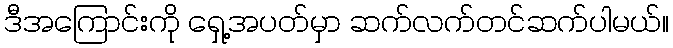
ဒီအကြောင်းကို ရှေ့အပတ်မှာ ဆက်လက်တင်ဆက်ပါမယ်။